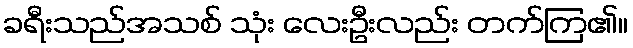
ခရီးသည်အသစ် သုံး လေးဦးလည်း တက်ကြ၏။